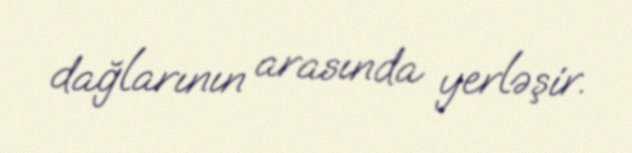
dağlarının arasında yerləşir.